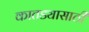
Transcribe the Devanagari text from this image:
कातड्यासाठी